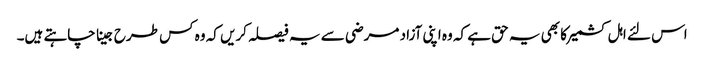
اس لئے اہل کشمیر کا بھی یہ حق ہے کہ وہ اپنی آزاد مرضی سے یہ فیصلہ کریں کہ وہ کس طرح جینا چاہتے ہیں۔